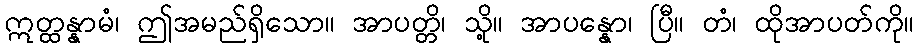
ဣတ္ထန္နာမံ၊ ဤအမည်ရှိသော။ အာပတ္တိ၊ သို့။ အာပန္နော၊ ပြီ။ တံ၊ ထိုအာပတ်ကို။